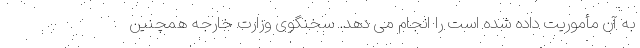
به آن مأموریت داده شده است را انجام می دهد. سخنگوی وزارت خارجه همچنین